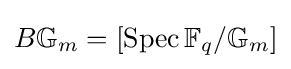
B\mathbb {G} _{m}=[\operatorname {Spec} \mathbb {F} _{q}/\mathbb {G} _{m}]